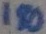
Text: 180